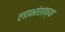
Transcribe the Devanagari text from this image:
लाभांशाच्या